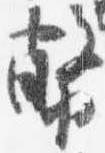
幣